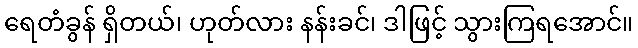
ရေတံခွန် ရှိတယ်၊ ဟုတ်လား နန်းခင်၊ ဒါဖြင့် သွားကြရအောင်။